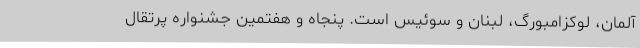
آلمان، لوکزامبورگ، لبنان و سوئیس است. پنجاه و هفتمین جشنواره پرتقال